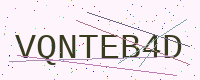
Text: VQNTEB4D